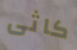
كاثى